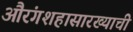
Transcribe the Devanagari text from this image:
औरंगशहासारख्याची